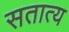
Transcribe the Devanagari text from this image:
सतात्य